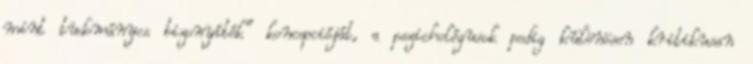
mint tudományos bizonyíték” koncepcióját, a pszichológusok pedig különösen kritikusan